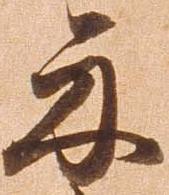
示